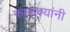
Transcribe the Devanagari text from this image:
फाळक्यांनी